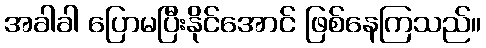
အခါခါ ပြောမပြီးနိုင်အောင် ဖြစ်နေကြသည်။